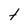
Character: T